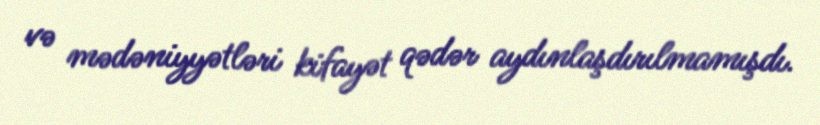
və mədəniyyətləri kifayət qədər aydınlaşdırılmamışdı.